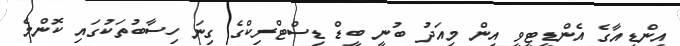
އިންޑިއާގެ އެންޑީޓީވީ އިން މިއަދު ބުނީ ބީޑް ޑިސްޓްރިކްގެ ގިނަ ހިސާބުތަކުގައި ކޮންމެ